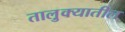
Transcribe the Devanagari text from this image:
तालु़क्यातील